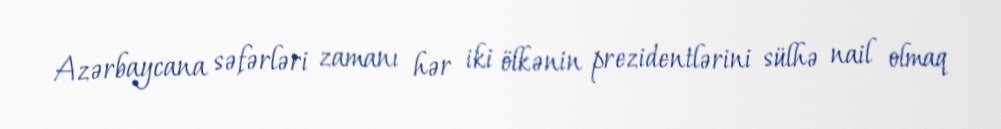
Azərbaycana səfərləri zamanı hər iki ölkənin prezidentlərini sülhə nail olmaq